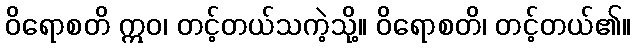
ဝိရောစတိ ဣဝ၊ တင့်တယ်သကဲ့သို့။ ဝိရောစတိ၊ တင့်တယ်၏။